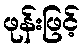
ဖုန်းဖြင့်